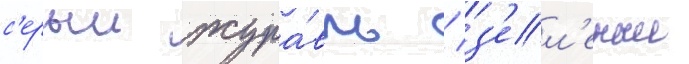
с'ерыи жура́вль / з'ел'еныи